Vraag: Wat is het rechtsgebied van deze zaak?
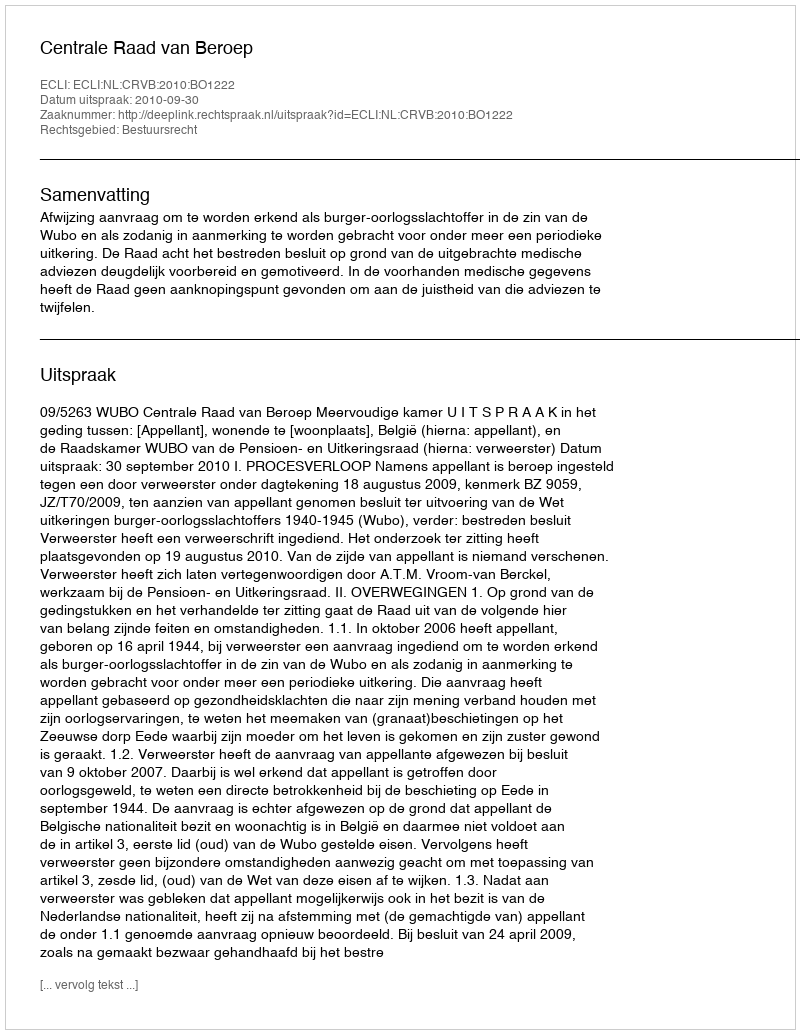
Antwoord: Bestuursrecht